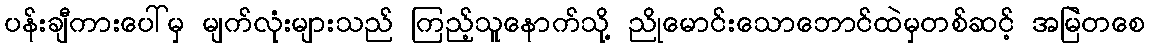
ပန်းချီကားပေါ်မှ မျက်လုံးများသည် ကြည့်သူနောက်သို့ ညိုမောင်းသောဘောင်ထဲမှတစ်ဆင့် အမြဲတစေ